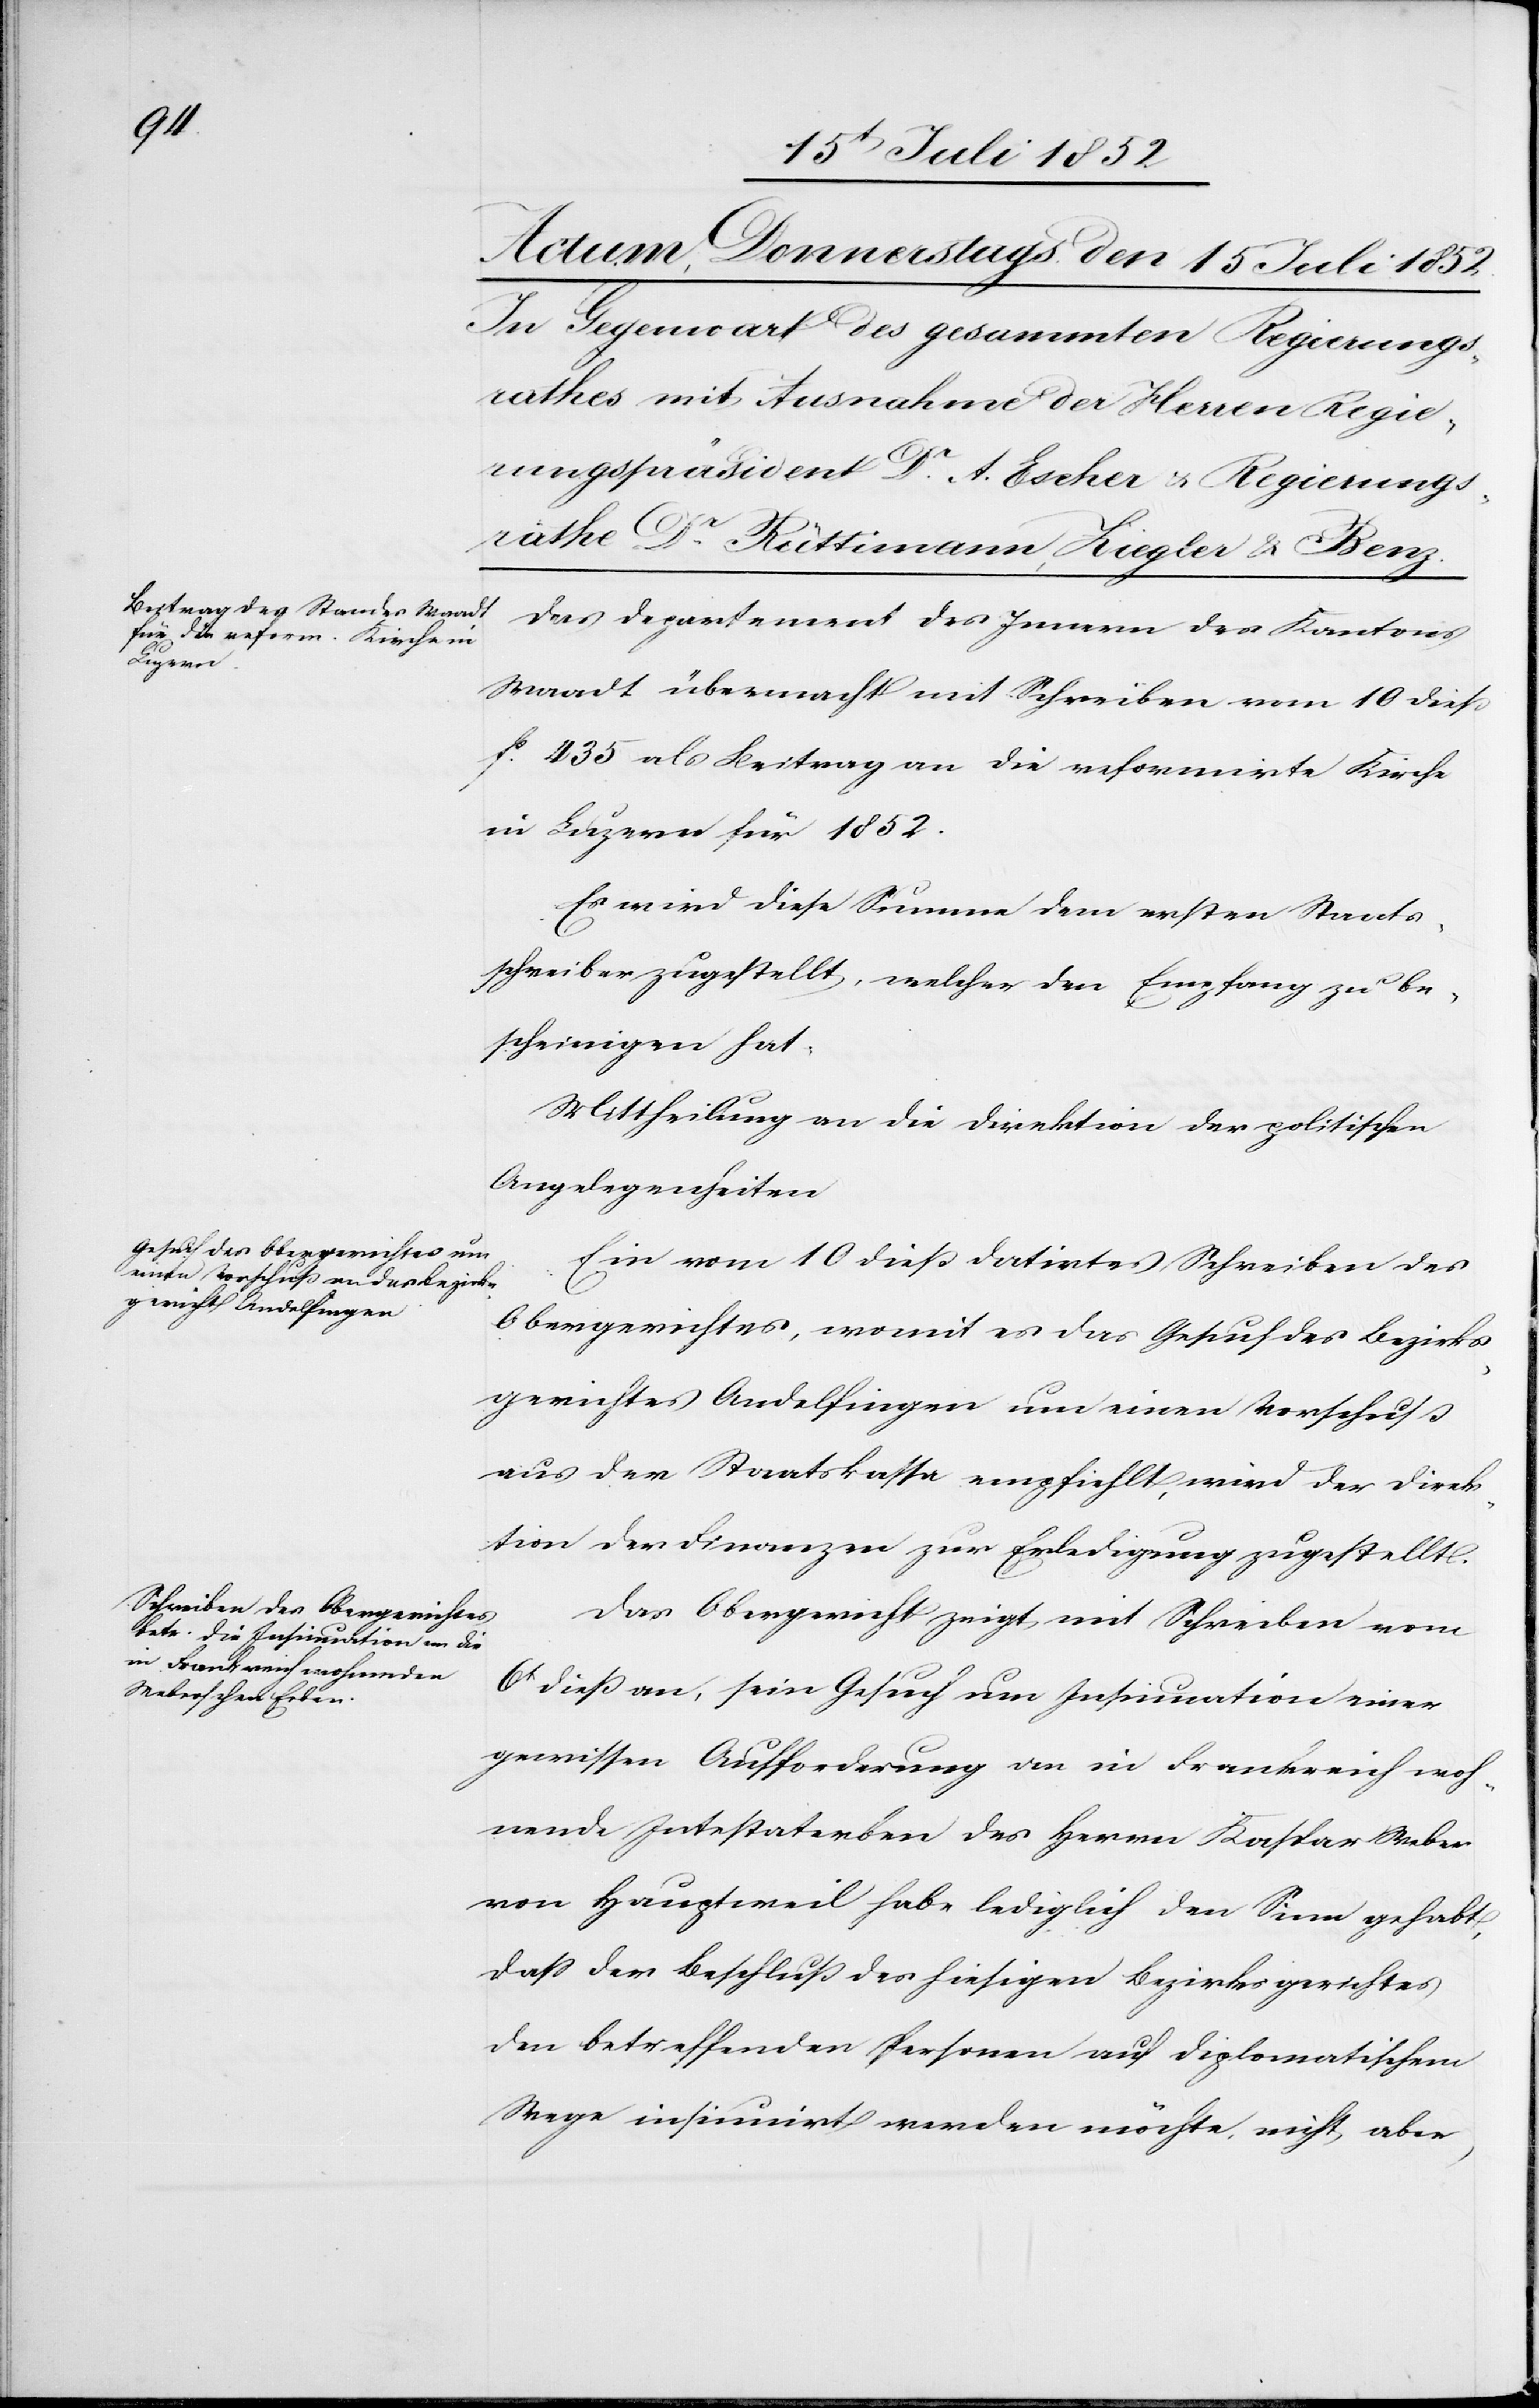
Das Departement des Innern des Kantons
Waadt übermacht mit Schreiben vom 10 dieß
f. 435 als Beitrag an die reformirte Kirche
in Luzern für 1852.
Es wird diese Summe dem ersten Staats¬
schreiber zugestellt, welcher den Empfang zu be¬
scheinigen hat.
Mittheilung an die Direktion der politischen
Angelegenheiten[.]
Ein vom 10 dieß datirtes Schreiben des
Obergerichtes, womit es das Gesuch des Bezirks¬
gerichtes Andelfingen um einen Vorschuß
aus der Staatskassa empfiehlt, wird der Direk¬
tion der Finanzen zur Erledigung zugestellt.
Das Obergericht zeigt mit Schreiben vom
6t dieß an, sein Gesuch um Insinuation einer
gewissen Aufforderung an in Frankreich woh¬
nende Intestaterben des Herrn Kaspar Weber
von Hauptweil habe lediglich den Sinn gehabt,
dass der Beschluß des hiesigen Bezirksgerichtes
den betreffenden Personen auf diplomatischem
Wege insinuirt werden möchte, nicht aber,